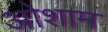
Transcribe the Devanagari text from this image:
ओशाम